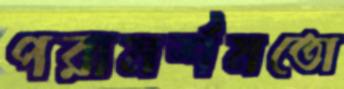
পরামর্শমতো